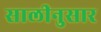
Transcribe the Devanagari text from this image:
सालीनुसार